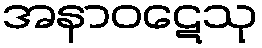
အနာဝဋေသု